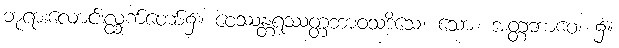
ဘုရားလောင်းလ္ထက်တော်၌။ ဝေဿန္တရဿတ္တဘာဝသဒိသေ၊ သော။ အတ္တဘာဝေ၊ ၌။